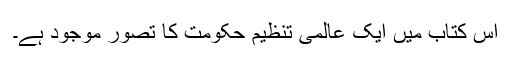
اس کتاب میں ایک عالمی تنظیم حکومت کا تصور موجود ہے۔